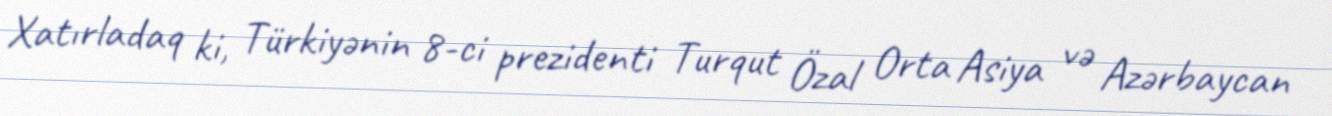
Xatırladaq ki, Türkiyənin 8-ci prezidenti Turqut Özal Orta Asiya və Azərbaycan